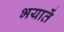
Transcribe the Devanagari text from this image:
भयातें